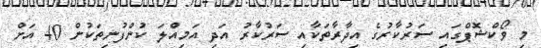
މި ވޯކްޝޮޕްގައި ސަރުކާރުގެ އިދާރާތަކާއި ސަރުކާރު އަދި އަމިއްލަ ކުންފުނިތަކުން 40 އަށް